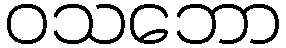
ဝသဘော